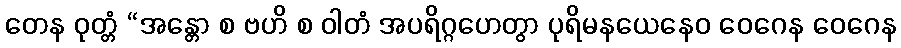
တေန ဝုတ္တံ “အန္တော စ ဗဟိ စ ဝါတံ အပရိဂ္ဂဟေတွာ ပုရိမနယေနေဝ ဝေဂေန ဝေဂေန